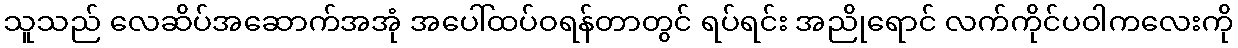
သူသည် လေဆိပ်အဆောက်အအုံ အပေါ်ထပ်ဝရန်တာတွင် ရပ်ရင်း အညိုရောင် လက်ကိုင်ပဝါကလေးကို